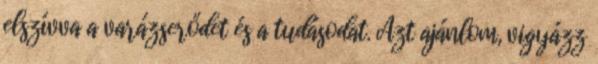
elszívva a varázserődet és a tudásodat. Azt ajánlom, vigyázz